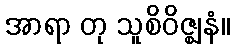
အာရာ တု သူစိဝိဇ္ဈနံ။